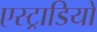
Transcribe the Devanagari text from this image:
एस्ट्राडियो